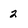
Character: 2